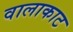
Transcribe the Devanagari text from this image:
वालाकाट